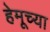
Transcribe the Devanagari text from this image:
हेमूच्या